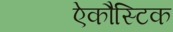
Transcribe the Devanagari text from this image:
ऐकौस्टिक